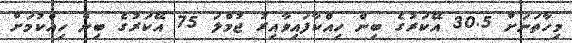
މިހާތަނަށް 30.5 އޭކަރުގެ ބިން ހިއްކާފައިވާއިރު ޖުމްލަ 75 އޭކަރުގެ ބިން ހިއްކުމަށް